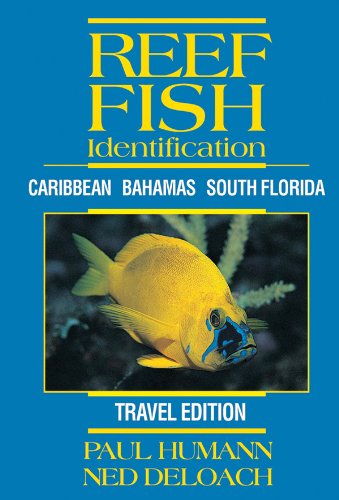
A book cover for Reef Fish Identification - Travel Edition - Caribbean Bahamas South Florida; Paul Humann; Sports & Outdoors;